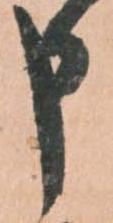
申